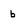
Character: b